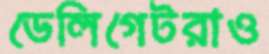
ডেলিগেটরাও